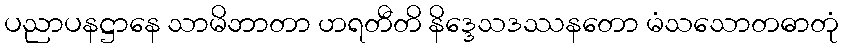
ပညာပနဋ္ဌာနေ သာမိဘာတာ ဟရတီတိ နိဒ္ဒေသဒဿနတော မံသသောတဓာတုံ